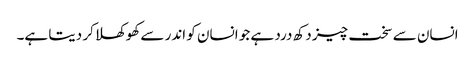
انسان سے سخت چیز دکھ درد ہے جو انسان کو اندر سے کھوکھلا کر دیتا ہے۔